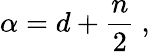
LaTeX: \alpha=d+{\frac{n}{2}}\ ,